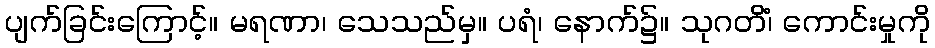
ပျက်ခြင်းကြောင့်။ မရဏာ၊ သေသည်မှ။ ပရံ၊ နောက်၌။ သုဂတိံ၊ ကောင်းမှုကို